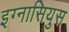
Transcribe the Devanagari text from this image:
इग्नासियुस